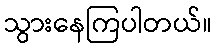
သွားနေကြပါတယ်။